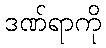
ဒဏ်ရာကို